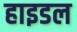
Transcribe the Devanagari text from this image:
हाइडल